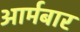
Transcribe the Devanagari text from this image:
आर्मबार